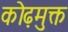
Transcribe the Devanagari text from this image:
कोढ़मुक्त